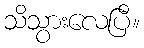
သိသွားလေပြီ။